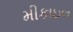
મીકાઇલ